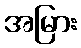
အမြား